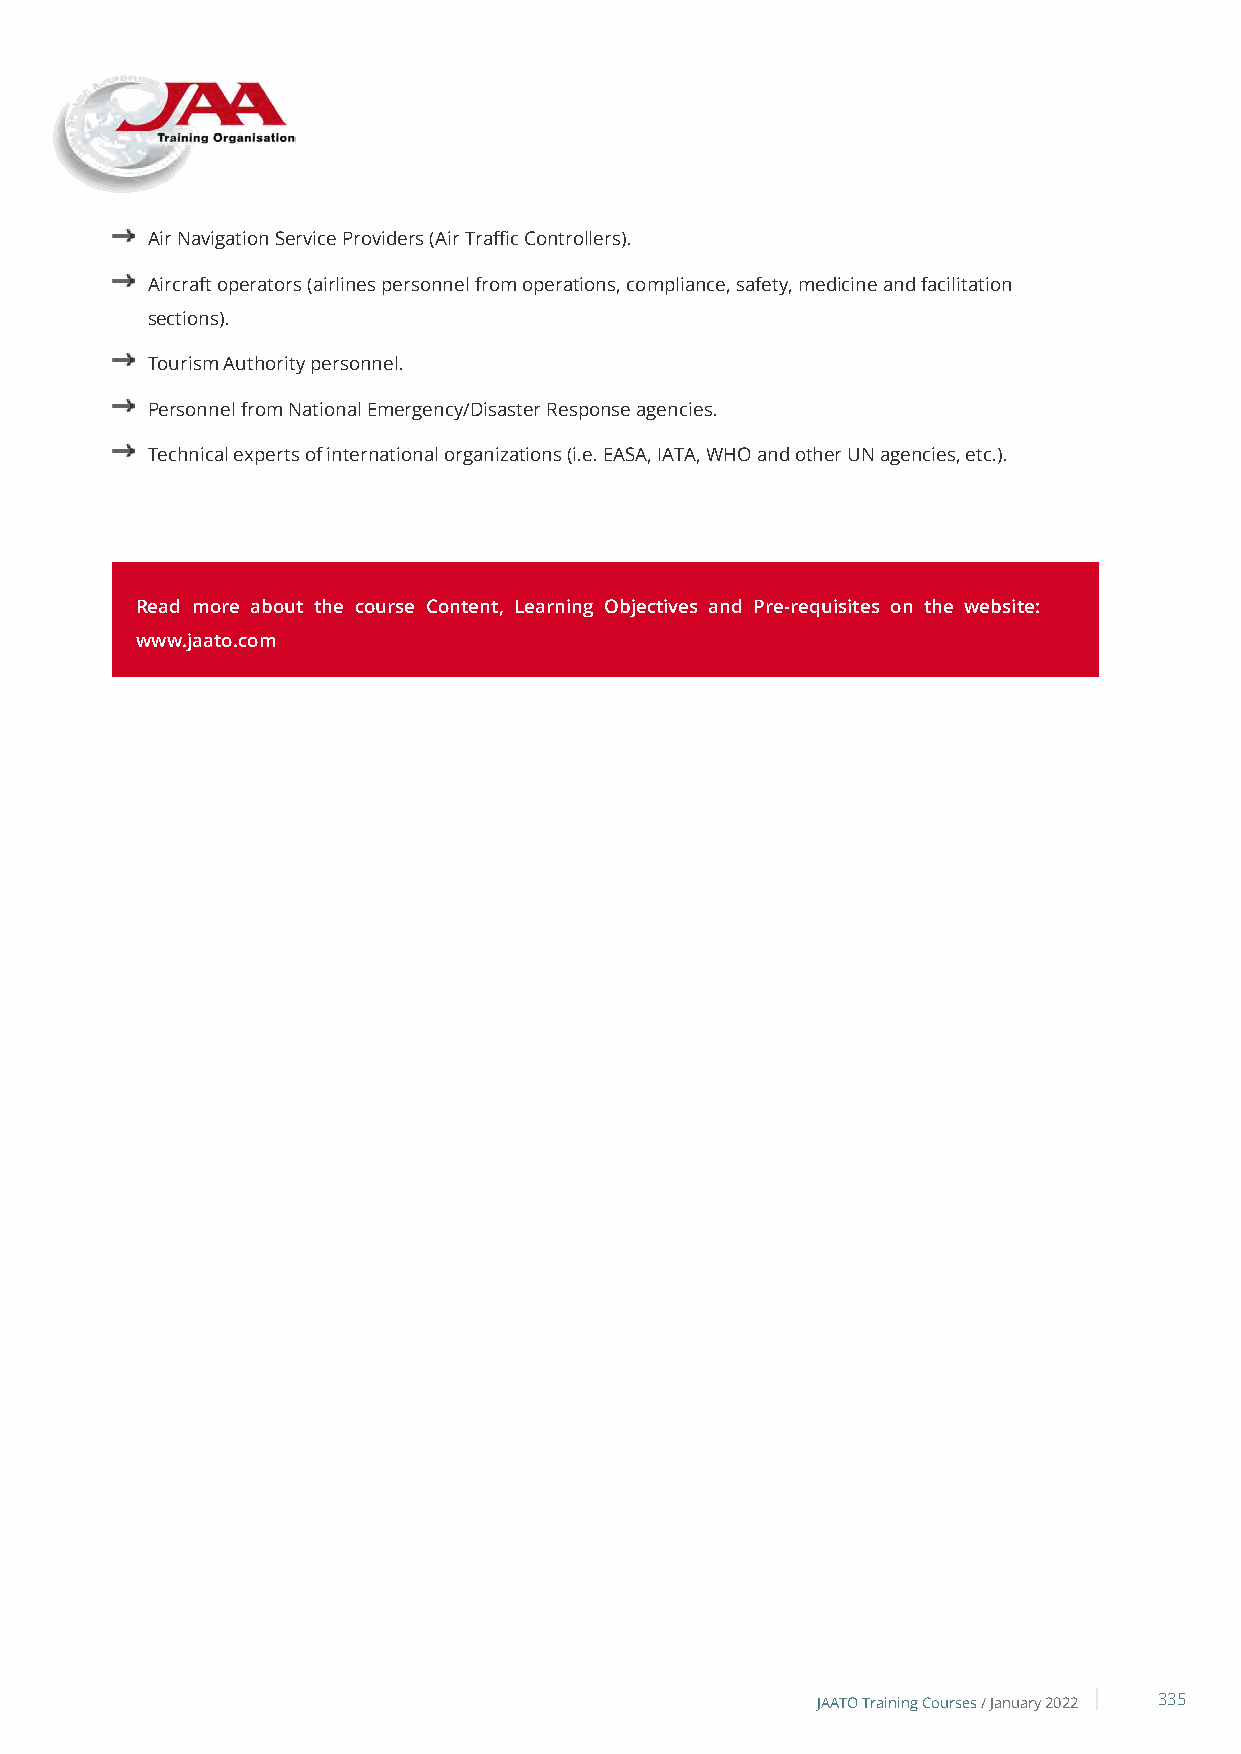
Air Navigation Service Providers (Air Traffic Controllers).
 Aircraft operators (airlines personnel from operations, compliance, safety, medicine and facilitation
 sections).
 Tourism Authority personnel.
 Personnel from National Emergency/Disaster Response agencies.
 Technical experts of international organizations (i.e. EASA, IATA, WHO and other UN agencies, etc.).
 Read more about the course Content, Learning Objectives and Pre-requisites on the website:
 www.jaato.com
 JAATO Training Courses /January 2022 335